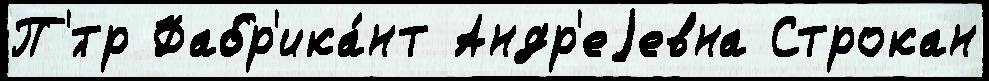
П'́тр Фабр'ика́нт Андр'еjевна Строкан